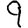
Digit: 9